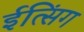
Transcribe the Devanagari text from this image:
ईत्सिंग